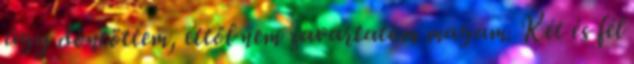
úgy döntöttem, ettől nem zavartatom magam. Két és fél